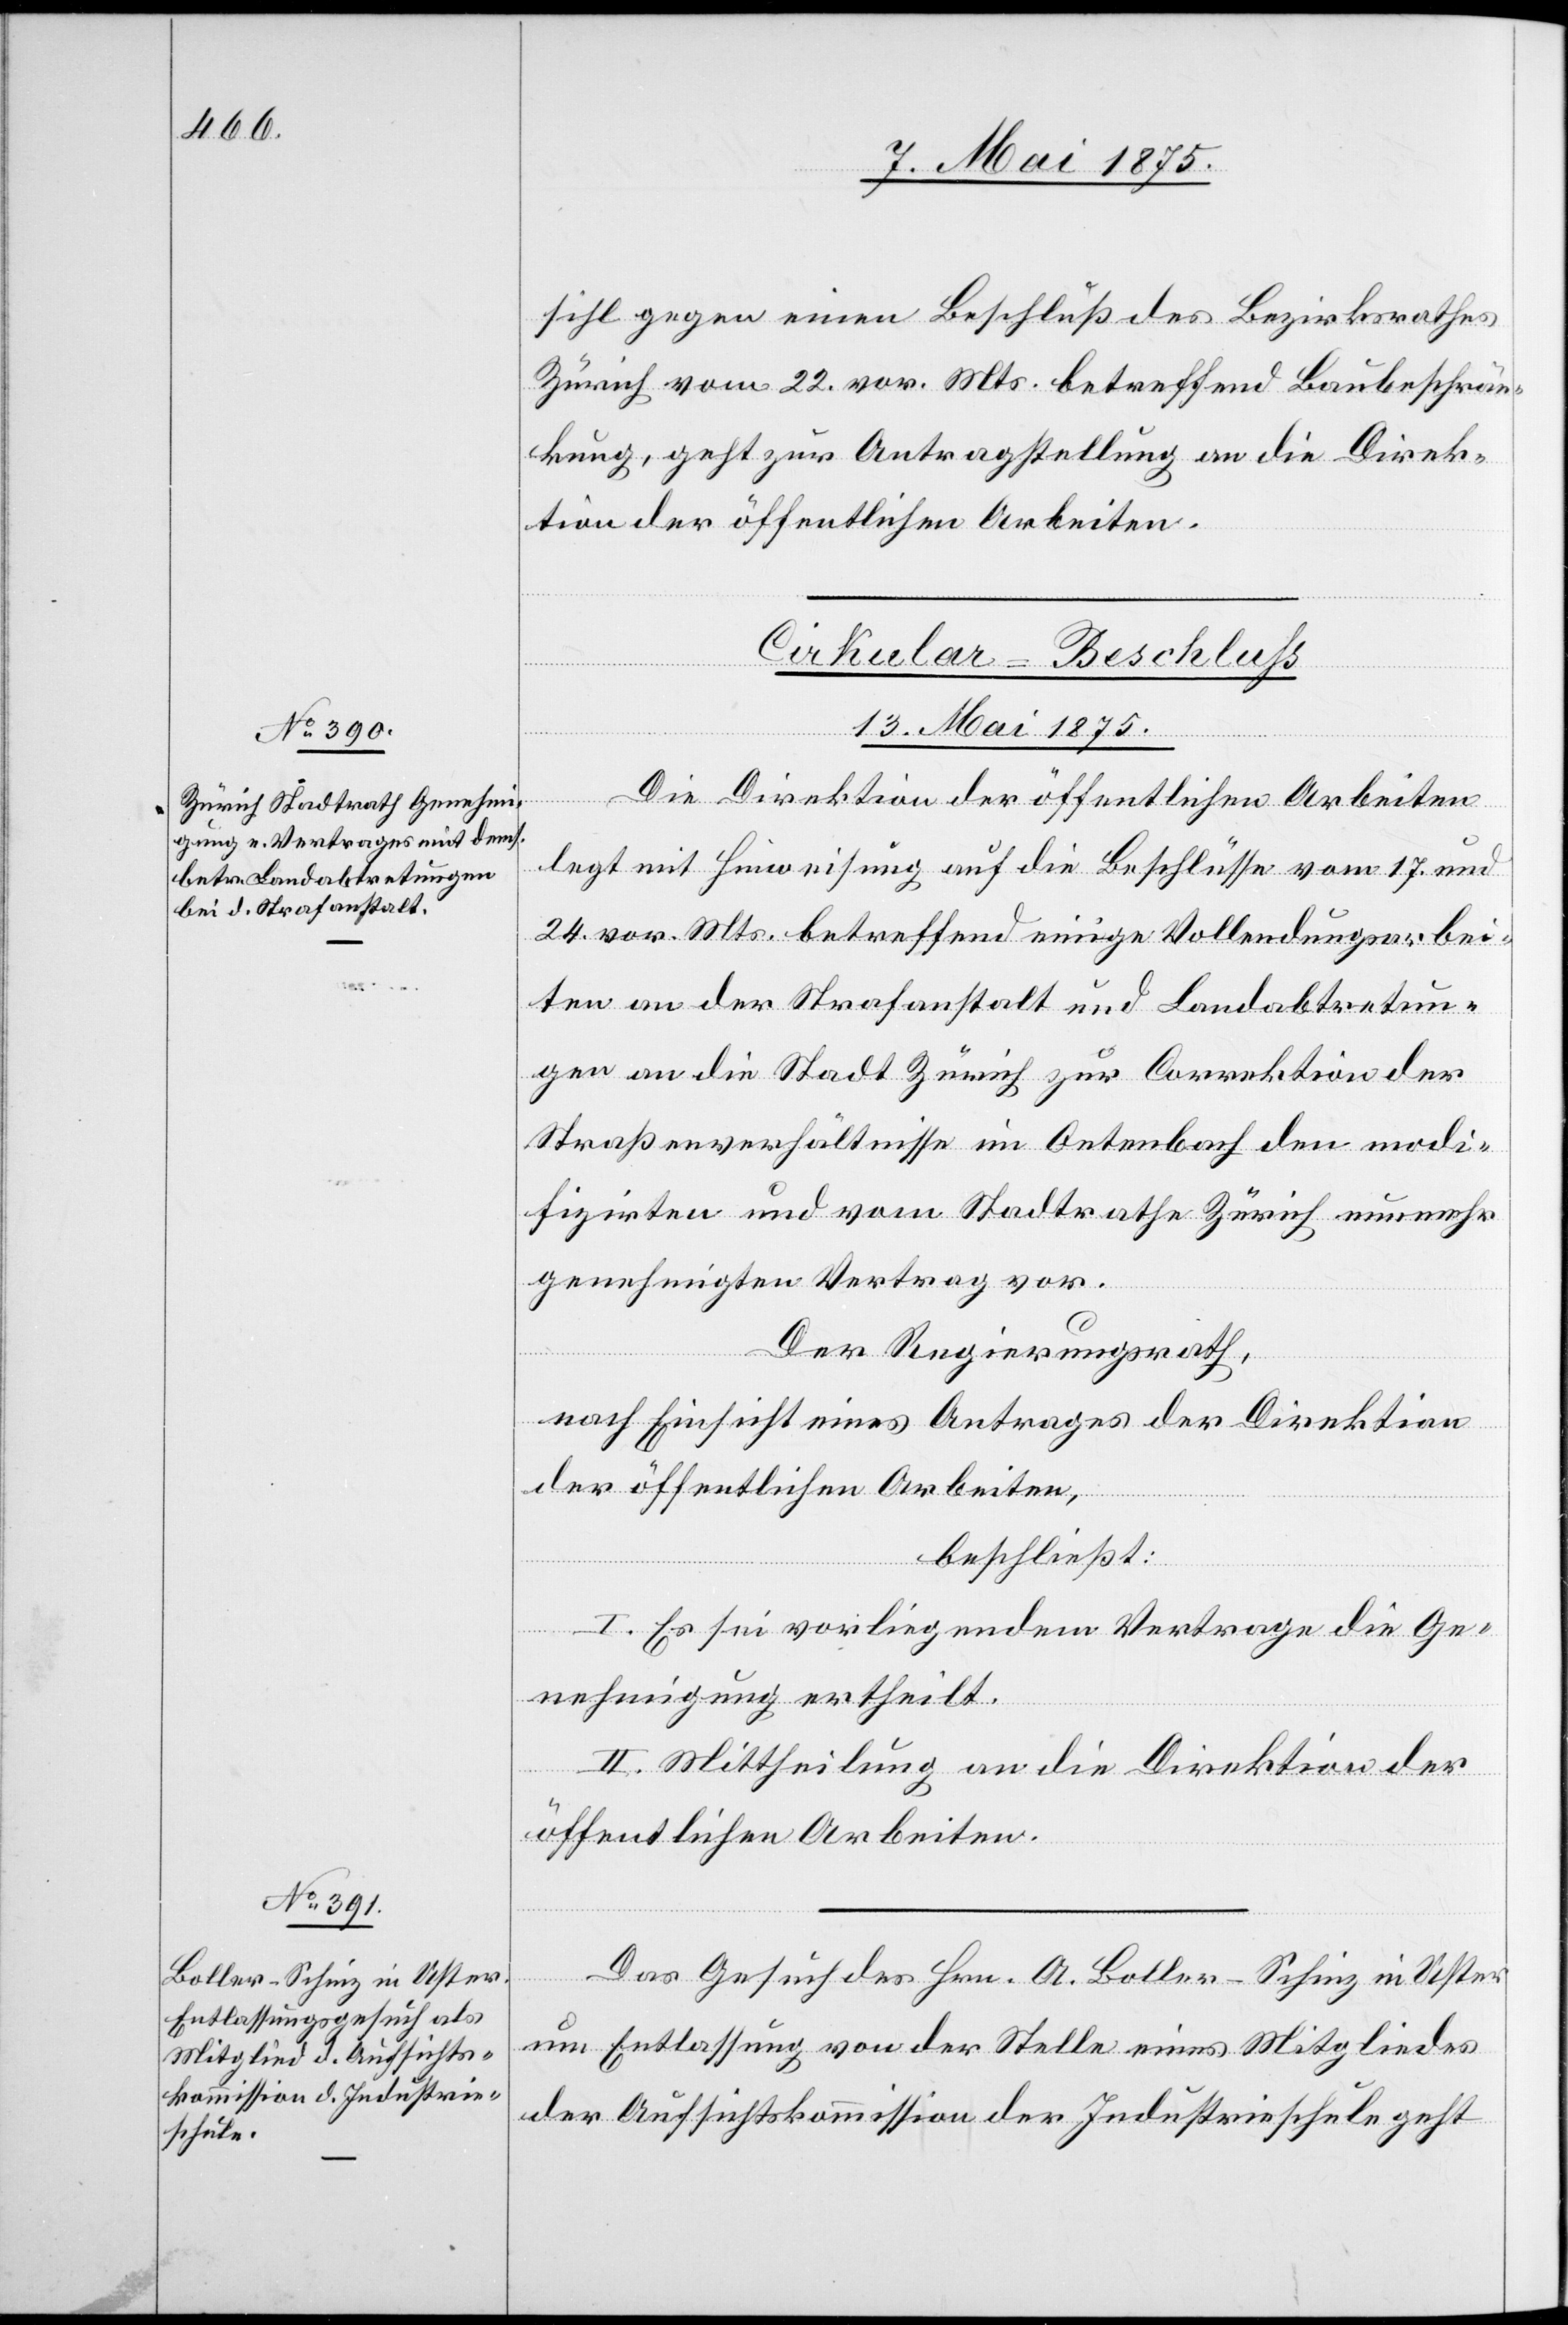
sihl gegen einen Beschluß des Bezirksrathes
Zürich vom 22. vor. Mts. betreffend Baubeschrän¬
kung, geht zur Antragstellung an die Direk¬
tion der öffentlichen Arbeiten.
Cirkular-Beschluß
13. Mai 1875.]
Die Direktion der öffentlichen Arbeiten
legt mit Hinweisung auf die Beschlüsse vom 17. und
24. vor. Mts. betreffend einige Vollendungsarbei¬
ten an der Strafanstalt und Landabtretun¬
gen an die Stadt Zürich zur Correktion der
Straßenverhältnisse im Oetenbach den modi¬
fizirten und vom Stadtrathe Zürich nunmehr
Der Regierungsrath,
nach Einsicht eines Antrages der Direktion
der öffentlichen Arbeiten,
beschließt:
I. Es sei vorliegendem Vertrage die Ge¬
vor.
nehmigung ertheilt.
II. Mittheilung an die Direktion der
öffentlichen Arbeiten.
Das Gesuch des Hrn. A. Boller-Schinz in Uster
um Entlassung von der Stelle eines Mitgliedes
der Aufsichtskommission der Industrieschule geht